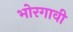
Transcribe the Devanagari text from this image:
भोरगावी